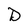
Character: D